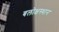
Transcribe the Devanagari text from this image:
बलोक्षस्थान